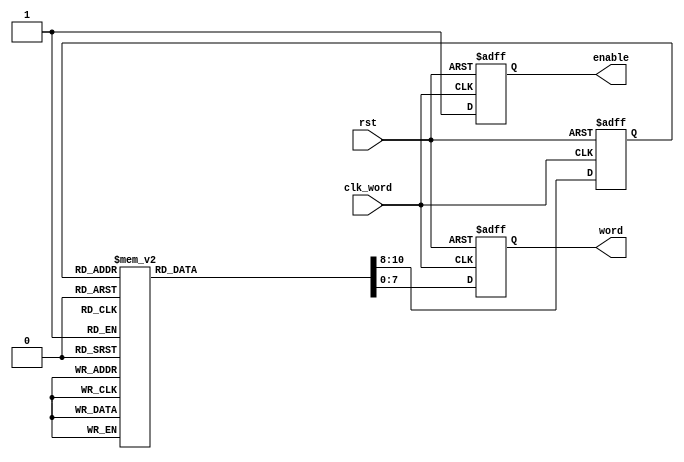
module GenWord(rst, clk_word, word, enable);
input rst, clk_word;
output reg[7:0] word;
output reg enable; // wordenable10
reg [2:0] word_index; // 0 ~ 7

always@(posedge clk_word or negedge rst) begin
  if(~rst) begin
    word <= 0;
    word_index <= 0;
    enable <= 0;
  end
  else begin
    case (word_index)
      3'b000:begin
        word <= 8'b00000001;
        word_index <= 3'b001;
      end 
      3'b001:begin
        word <= 8'b00000010;
        word_index <= 3'b010;
      end
      3'b010:begin
        word <= 8'b00000100;
        word_index <= 3'b011;
      end
      3'b011:begin
        word <= 8'b00001000;
        word_index <= 3'b100;
      end
      3'b100:begin
        word <= 8'b00010000;
        word_index <= 3'b101;
      end
      3'b101:begin
        word <= 8'b00100000;
        word_index <= 3'b110;
      end
      3'b110:begin
        word <= 8'b01000000;
        word_index <= 3'b111;
      end
      3'b111:begin
        word <= 8'b10000000;
        word_index <= 3'b000;
      end
    endcase
    enable <= 1;
  end
end



endmodule